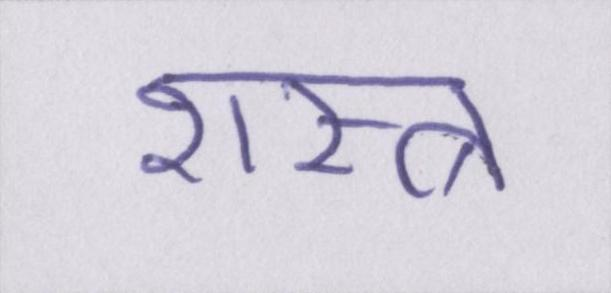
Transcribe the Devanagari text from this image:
शस्त्र